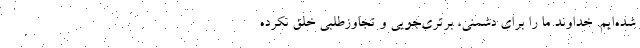
شده‌ایم. خداوند ما را برای دشمنی، برتری‌جویی و تجاوزطلبی خلق نکرده